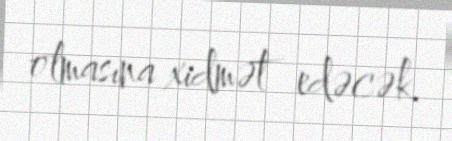
olmasına xidmət edəcək.